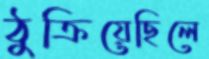
ঠুক্‌রিয়েছিলে